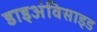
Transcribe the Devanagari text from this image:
डाइअंविसाइड